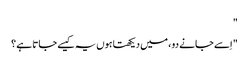
"
" اِسے جانے دو ، میں دیکھتا ہوں یہ کیسے جاتا ہے ؟